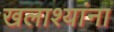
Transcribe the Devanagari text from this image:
खलाश्यांना